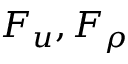
\boldsymbol { F } _ { u } , F _ { \rho }